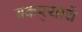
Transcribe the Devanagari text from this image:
बकर्‍याचें